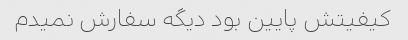
کیفیتش پایین بود دیگه سفارش نمیدم